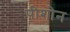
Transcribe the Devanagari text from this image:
पीशोन